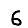
Digit: 6